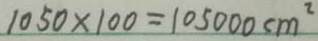
1 0 5 0 \times 1 0 0 = 1 0 5 0 0 0 c m ^ { 2 }